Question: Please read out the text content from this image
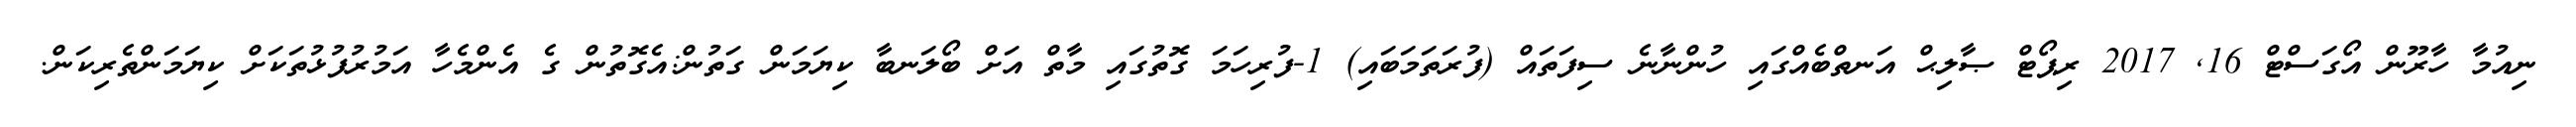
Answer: ނިއުމާ ހާރޫން އޯގަސްޓް 16, 2017 ރިޕޯޓް ޞާލިޙް އަނތްބެއްގައި ހުންނާނެ ސިފަތައް (ފުރަތަމަބައި) 1-ފުރިހަމަ ގޮތުގައި މާތް އަށް ބޯލަނބާ ކިޔަމަން ގަތުން:އެގޮތުން ގެ އެންމެހާ އަމުރުފުޅުތަކަށް ކިޔަމަންތެރިކަން.